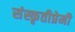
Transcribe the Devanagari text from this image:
संस्कृतीप्रेमी